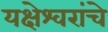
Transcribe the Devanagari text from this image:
यक्षेश्वरांचे